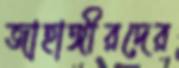
জাহাঙ্গীরদের